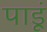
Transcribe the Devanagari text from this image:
पाडूं